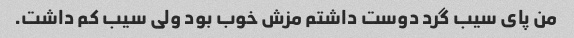
من پای سیب گرد دوست داشتم مزش خوب بود ولی سیب کم داشت.